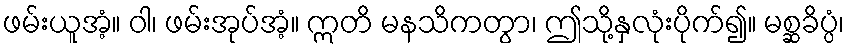
ဖမ်းယူအံ့။ ဝါ၊ ဖမ်းအုပ်အံ့။ ဣတိ မနသိကတွာ၊ ဤသို့နှလုံးပိုက်၍။ မစ္ဆခိပ္ပံ၊